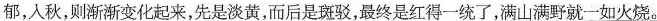
郁，人秋，则渐渐变化起来，先是淡黄，而后是斑驳，最终是红得一统了，\underline{满山满野就一如火烧。}